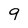
Character: 9